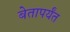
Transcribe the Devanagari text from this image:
बेतापर्यंत